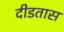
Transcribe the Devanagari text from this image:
दीडतास